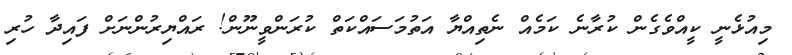
މިއުޅެނީ ކީއްވެގެން ކުރާނެ ކަމެއް ނެތިއްޔާ އަތުމަސައްކަތް ކުރަންވީނޫން! ރައްޔިރުންނަށް ފައިދާ ހުރި